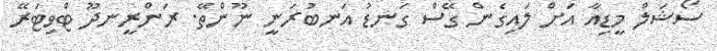
ސޯޝަލް މީޑިއާ އަށް ލައިގެން ގޭސް ގަނޑު އަނބުރަނީ ނޫންތޭ. ރަންރީނދޫ ޓްވިޓަރޭ